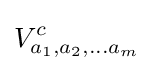
V_{a_{1},a_{2},\ldots a_{m}}^{c}